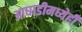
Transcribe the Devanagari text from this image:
आघाडीमध्येही